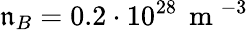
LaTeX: \mathfrak{n}_{B}=0.2\cdot10^{28}\, \mathrm{{~m~}}^{-3}